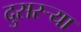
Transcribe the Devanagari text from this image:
दुसरऱ्या